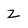
Character: z